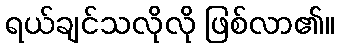
ရယ်ချင်သလိုလို ဖြစ်လာ၏။